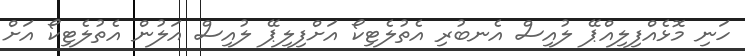
ހަނި މޮޅެއްފިލިއްޕޭ ލުއިސް އެނބުރި އެތުލެޓިކޯ އަށްފިލިޕޭ ލުއިސް އަލުން އެތުލެޓިކޯ އަށް